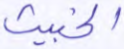
الخبيث